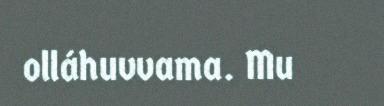
olláhuvvama. Mu